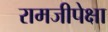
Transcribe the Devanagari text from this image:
रामजीपेक्षा